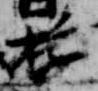
遊